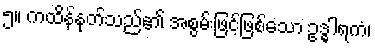
၅။ ကထိန်နုတ်သည်၏ အစွမ်းဖြင့်ဖြစ်သော ဥဒ္ဓါရကံ၊